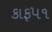
કાફ૫૧